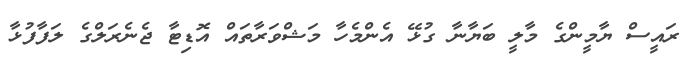
ރައީސް ޔާމީންގެ މާލީ ބަޔާނާ ގުޅޭ އެންމެހާ މަޝްވަރާތައް އޮޑިޓާ ޖެނެރަލްގެ ލަފާފުޅާ